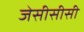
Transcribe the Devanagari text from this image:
जेसीसीसी